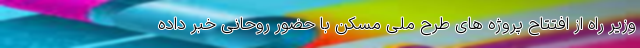
وزیر راه از افتتاح پروژه های طرح ملی مسکن با حضور روحانی خبر داده